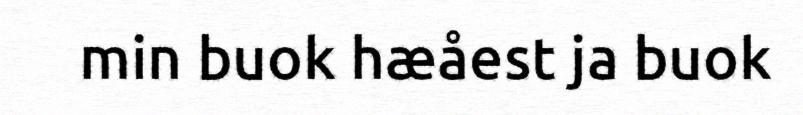
min buok hæåest ja buok